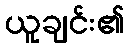
ယူချင်း၏